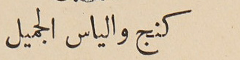
كنج والياس الجميل